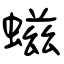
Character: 螆